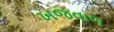
ખજવાળ